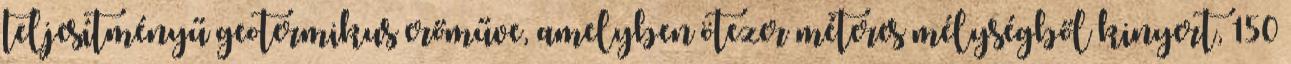
teljesítményű geotermikus erőműve, amelyben ötezer méteres mélységből kinyert, 150